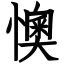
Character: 懊